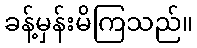
ခန့်မှန်းမိကြသည်။